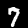
Label: 7